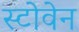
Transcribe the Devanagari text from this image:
स्टोवेन